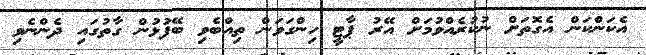
އެކަންކަން އެގޮތަށް ނުކުރެއްވުމަށް އޭރު ޕާޓީ ހިންގަވަން ތިއްބެވި ބޭފުޅުން ގާތުގައި ދެންނެވި